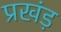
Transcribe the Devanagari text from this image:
प्रखंड़